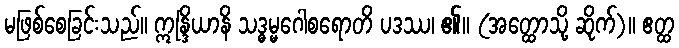
မဖြစ်စေခြင်းသည်။ ဣန္ဒြိယာနိ သဒ္ဓမ္မဂေါစရောတိ ပဒဿ၊ ၏။ (အတ္ထောသို့ ဆိုက်)။ ဧတ္ထ